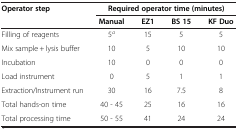
<table><thead><tr><td rowspan="2"><b>Operator step</b></td><td colspan="4"><b>Required operator time (minutes)</b></td></tr><tr><td><b>Manual</b></td><td><b>EZ1</b></td><td><b>BS 15</b></td><td><b>KF Duo</b></td></tr></thead><tbody><tr><td>Filling of reagents</td><td>5<sup><i>a</i></sup></td><td>15</td><td>5</td><td>5</td></tr><tr><td>Mix sample + lysis buffer</td><td>10</td><td>5</td><td>10</td><td>10</td></tr><tr><td>Incubation</td><td>10</td><td>0</td><td>0</td><td>0</td></tr><tr><td>Load instrument</td><td>0</td><td>5</td><td>1</td><td>1</td></tr><tr><td>Extraction/Instrument run</td><td>30</td><td>16</td><td>7.5</td><td>8</td></tr><tr><td>Total hands-on time</td><td>40 - 45</td><td>25</td><td>16</td><td>16</td></tr><tr><td>Total processing time</td><td>50 - 55</td><td>41</td><td>24</td><td>24</td></tr></tbody></table>